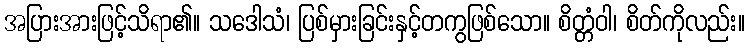
အပြားအားဖြင့်သိရာ၏။ သဒေါသံ၊ ပြစ်မှားခြင်းနှင့်တကွဖြစ်သော။ စိတ္တံဝါ၊ စိတ်ကိုလည်း။